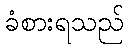
ခံစားရသည်